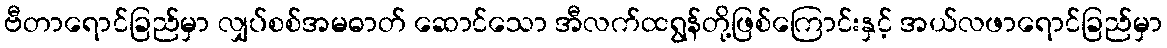
ဗီတာရောင်ခြည်မှာ လျှပ်စစ်အမဓာတ် ဆောင်သော အီလက်ထရွန်တို့ဖြစ်ကြောင်းနှင့် အယ်လဖာရောင်ခြည်မှာ